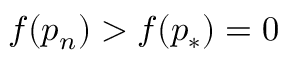
f ( p _ { n } ) > f ( p _ { * } ) = 0